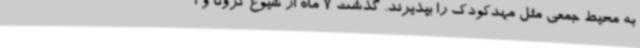
به محیط جمعی مثل مهدکودک را بپذیرند. گذشت 7 ماه از شیوع کرونا و ا